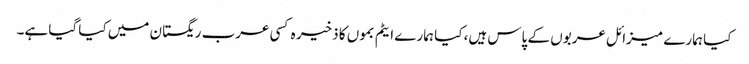
کیا ہمارے میزائل عربوں کے پاس ہیں، کیا ہمارے ایٹم بموں کا ذخیر ہ کسی عرب ریگستان میں کیا گیا ہے۔